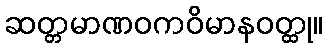
ဆတ္တမာဏဝကဝိမာနဝတ္ထု။